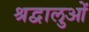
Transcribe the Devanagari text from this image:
श्रद्वालुओं